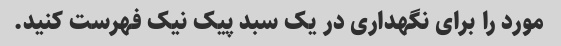
مورد را برای نگهداری در یک سبد پیک نیک فهرست کنید.